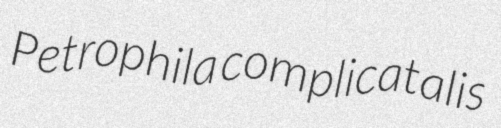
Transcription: Petrophila complicatalis